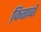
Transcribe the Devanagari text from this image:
कि़ताबों